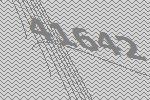
41642